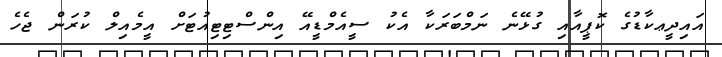
އައިދީޢކާޑުގެ ކޮޕީއާއި ގުޅޭނެ ނަމްބަރަކާ އެކު ސީއެމްޑީއޭ އިންސްޓިޓިއުޓަށް އީމެއިލް ކުރަން ޖެހެ